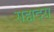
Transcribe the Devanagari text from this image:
सह्मदय